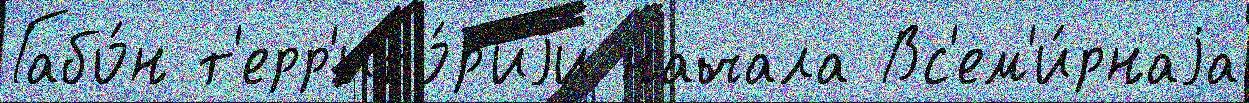
Габо́н т'ерр'ито́р'иjи начала Вс'ем'и́рнаjа